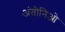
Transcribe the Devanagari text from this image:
अंतोनिओ